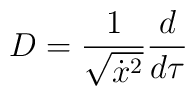
D=\frac 1{\sqrt{\dot x^2}}\frac d{d\tau }